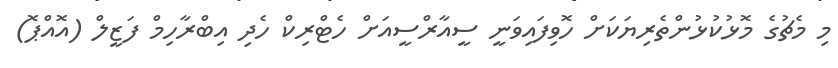
މި މެޗުގެ މޮޅުކުޅުންތެރިޔަކަށް ހޮވިފައިވަނީ ސީއާރްސީއަށް ހެޓްރިކް ހެދި އިބްރާހިމް ފަޒީލް (އޮއްޕޮ)